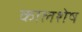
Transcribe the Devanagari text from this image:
कालशेष